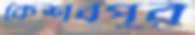
কেশবপুর